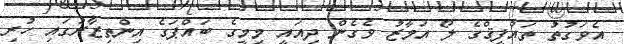
އެވަގުތު ތައުފީޤްގެ ލޯ އަމާޒު ވެގެން ދިއައީ މިމީގެ ބައްޕަގެ އިންތިޒާރުގައި ހުރި